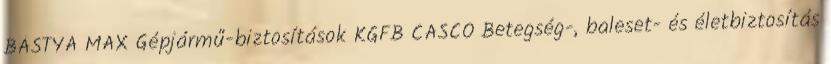
BÁSTYA MAX Gépjármű-biztosítások KGFB CASCO Betegség-, baleset- és életbiztosítás